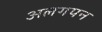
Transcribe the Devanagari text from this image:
अलगपन